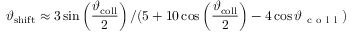
\vartheta _ { \mathrm { s h i f t } } \approx 3 \sin \left( \frac { \vartheta _ { \mathrm { c o l l } } } { 2 } \right) / ( 5 + 1 0 \cos \left( \frac { \vartheta _ { \mathrm { c o l l } } } { 2 } \right) - 4 \cos { \vartheta _ { \mathrm { ~ c ~ o ~ l ~ l ~ } } } )